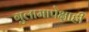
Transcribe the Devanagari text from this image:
गुलामापेक्षाही